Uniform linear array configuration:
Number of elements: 16
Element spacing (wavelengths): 1
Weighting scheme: cosine
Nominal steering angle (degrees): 0
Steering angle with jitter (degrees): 1.227
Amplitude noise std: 0.05
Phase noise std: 0.05

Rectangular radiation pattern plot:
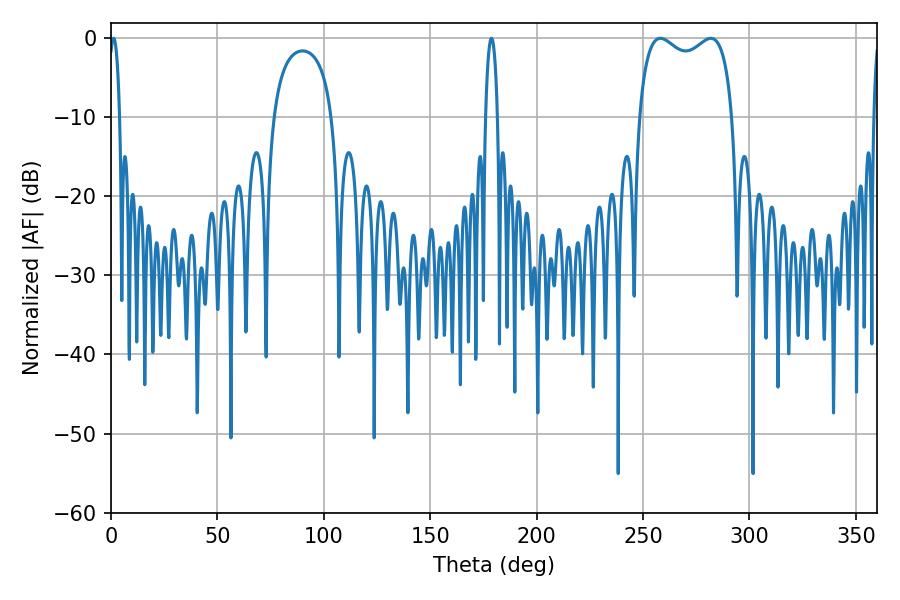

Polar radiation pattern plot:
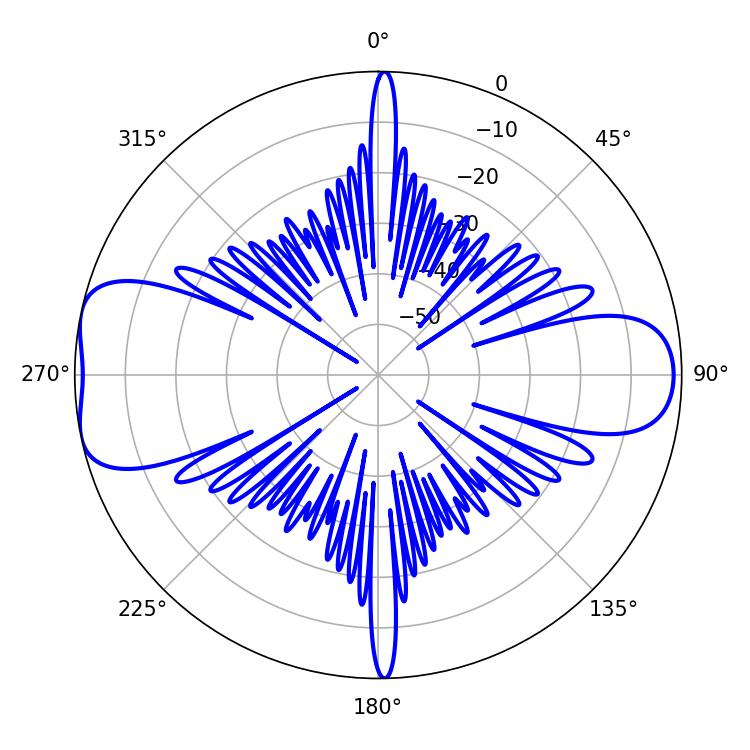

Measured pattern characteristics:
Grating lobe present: TRUE
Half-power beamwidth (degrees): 36.36
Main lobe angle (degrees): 258.12